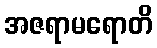
အဇရာမရောတိ